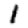
Digit: 1